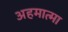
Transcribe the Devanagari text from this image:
अहमात्मा